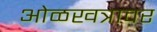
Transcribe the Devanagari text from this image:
ओळखत्रावर